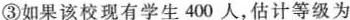
③如果该校现有学生400人，估计等级为